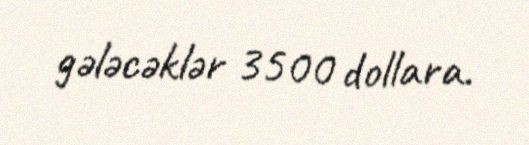
gələcəklər 3500 dollara.